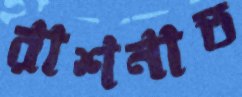
রাশনাত